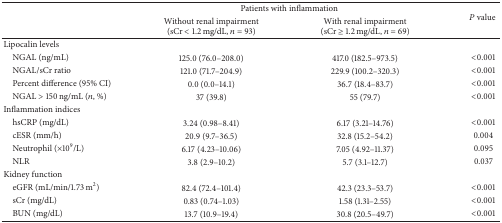
<table><thead><tr><td><b> </b></td><td colspan="2"><b>Patients with inflammation</b></td><td rowspan="2"><b><i>P</i> value </b></td></tr><tr><td><b> </b></td><td><b>Without renal impairment(sCr &lt; 1.2 mg/dL, <i>n</i> = 93)</b></td><td><b>With renal impairment(sCr ≥ 1.2 mg/dL, <i>n</i> = 69)</b></td></tr></thead><tbody><tr><td>Lipocalin levels</td><td> </td><td> </td><td> </td></tr><tr><td> NGAL (ng/mL)</td><td>125.0 (76.0–208.0)</td><td>417.0 (182.5–973.5)</td><td>&lt;0.001</td></tr><tr><td> NGAL/sCr ratio</td><td>121.0 (71.7–204.9)</td><td>229.9 (100.2–320.3)</td><td>&lt;0.001</td></tr><tr><td> Percent difference (95% CI)</td><td>0.0 (0.0–14.1)</td><td>36.7 (18.4–83.7)</td><td>&lt;0.001</td></tr><tr><td> NGAL &gt; 150 ng/mL (<i>n</i>, %)</td><td>37 (39.8)</td><td>55 (79.7)</td><td>&lt;0.001</td></tr><tr><td>Inflammation indices</td><td> </td><td> </td><td> </td></tr><tr><td> hsCRP (mg/dL)</td><td>3.24 (0.98–8.41)</td><td>6.17 (3.21–14.76)</td><td>&lt;0.001</td></tr><tr><td> cESR (mm/h)</td><td>20.9 (9.7–36.5)</td><td>32.8 (15.2–54.2)</td><td>0.004</td></tr><tr><td> Neutrophil (×10<sup>9</sup>/L)</td><td>6.17 (4.23–10.06)</td><td>7.05 (4.92–11.37)</td><td>0.095</td></tr><tr><td> NLR</td><td>3.8 (2.9–10.2)</td><td>5.7 (3.1–12.7)</td><td>0.037</td></tr><tr><td>Kidney function</td><td> </td><td> </td><td> </td></tr><tr><td> eGFR (mL/min/1.73 m<sup>2</sup>)</td><td>82.4 (72.4–101.4)</td><td>42.3 (23.3–53.7)</td><td>&lt;0.001</td></tr><tr><td> sCr (mg/dL)</td><td>0.83 (0.74–1.03)</td><td>1.58 (1.31–2.55)</td><td>&lt;0.001</td></tr><tr><td> BUN (mg/dL)</td><td>13.7 (10.9–19.4)</td><td>30.8 (20.5–49.7)</td><td>&lt;0.001</td></tr></tbody></table>